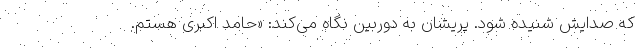
که صدایش شنیده شود. پریشان به دوربین نگاه می‌کند: «حامد اکبری هستم.